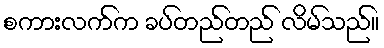
စကားလက်က ခပ်တည်တည် လိမ်သည်။